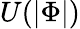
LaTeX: U(|\Phi|)